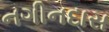
નગીનદાસ